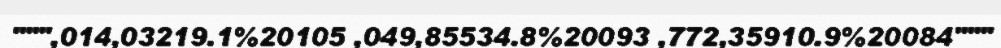
""",014,03219.1%20105 ,049,85534.8%20093 ,772,35910.9%20084"""